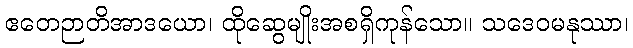
ဧတေဉာတိအာဒယော၊ ထိုဆွေမျိုးအစရှိကုန်သော။ သဒေဝမနုဿာ၊